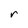
Character: r